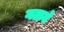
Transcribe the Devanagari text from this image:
गळवे